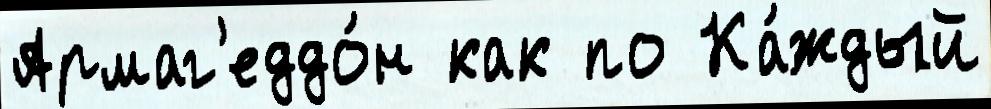
Армаг'еддо́н как по Ка́ждый